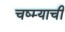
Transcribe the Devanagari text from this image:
चष्म्याची